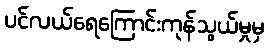
ပင်လယ်ရေကြောင်းကုန်သွယ်မှုမှ